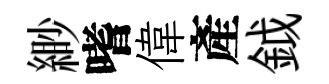
緲嗜偉產鉞